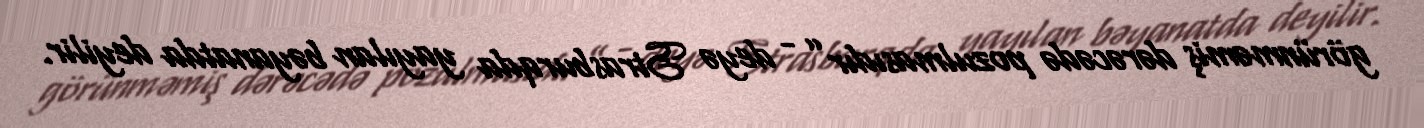
görünməmiş dərəcədə pozulmasıdır” - deyə Strasburqda yayılan bəyanatda deyilir.